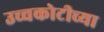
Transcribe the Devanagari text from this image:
उच्चकोटीच्या